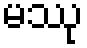
မဿု